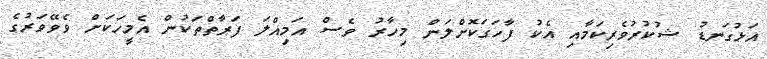
އަޅުގަނޑު ޝުކުރުވެރިކަމާއި އެކު ފާހަގަކޮށްލަން މިހާރު ވެސް އަމިއްލަ ފަރާތްތަކުން އެމީހަކަށް ވެވޭވަރުގެ